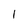
Character: 1